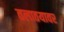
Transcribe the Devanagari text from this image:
तलाठयावर